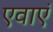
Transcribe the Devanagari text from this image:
एवाएं